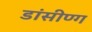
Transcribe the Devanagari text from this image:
डांसीण्ग